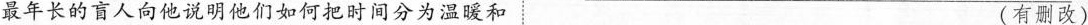
最年长的盲人向他说明他们如何把时间分为温暖和 (有删改)